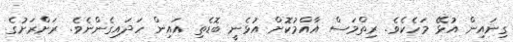
ގިނައިން އުޅޭ މަހެކެވެ. ރިތްމަސް އާއްމުކޮށް އުޅެނީ ބޮޑެތި އައިން ހަދައިގެންނެވެ. ރަށްރަށުގެ